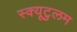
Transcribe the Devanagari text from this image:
स्क्यूटुलम